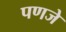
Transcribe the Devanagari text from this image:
पणजे